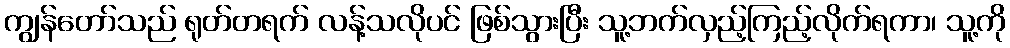
ကျွန်တော်သည် ရုတ်တရက် လန့်သလိုပင် ဖြစ်သွားပြီး သူ့ဘက်လှည့်ကြည့်လိုက်ရကာ၊ သူ့ကို